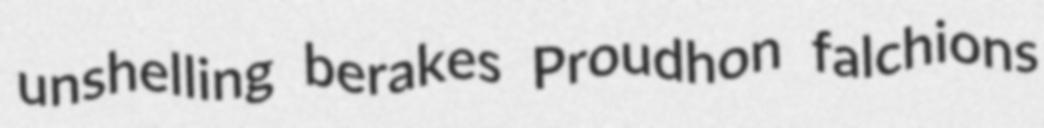
unshelling berakes Proudhon falchions